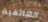
الهاتفية